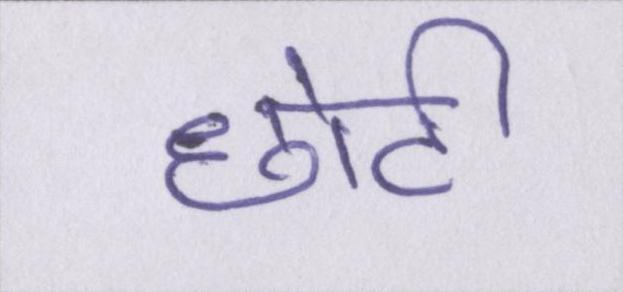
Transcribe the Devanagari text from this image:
छोटी